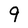
Character: 9